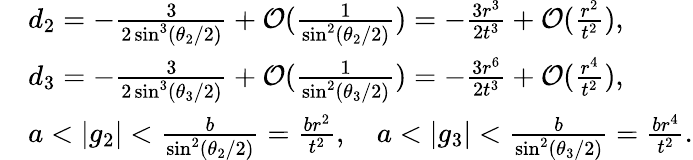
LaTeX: \begin{array}{rl}&{d_{2}=-\frac{3}{2\sin^{3}(\theta_{2}/2)}+\mathcal{O}(\frac{1}{\sin^{2}(\theta_{2}/2)})=-\frac{3r^{3}}{2t^{3}}+\mathcal{O}(\frac{r^{2}}{t^{2}}),}\\ &{d_{3}=-\frac{3}{2\sin^{3}(\theta_{3}/2)}+\mathcal{O}(\frac{1}{\sin^{2}(\theta_{3}/2)})=-\frac{3r^{6}}{2t^{3}}+\mathcal{O}(\frac{r^{4}}{t^{2}}),}\\ &{a<|g_{2}|<\frac{b}{\sin^{2}(\theta_{2}/2)}=\frac{br^{2}}{t^{2}},\quad a<|g_{3}|<\frac{b}{\sin^{2}(\theta_{3}/2)}=\frac{br^{4}}{t^{2}}.}\end{array}